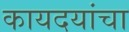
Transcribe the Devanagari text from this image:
कायदयांचा